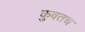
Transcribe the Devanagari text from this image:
कुवतच